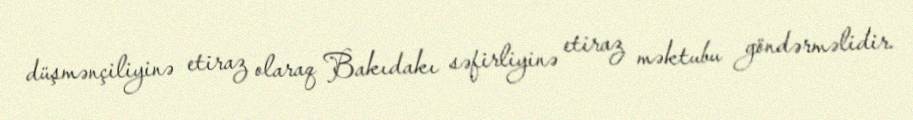
düşmənçiliyinə etiraz olaraq Bakıdakı səfirliyinə etiraz məktubu göndərməlidir.